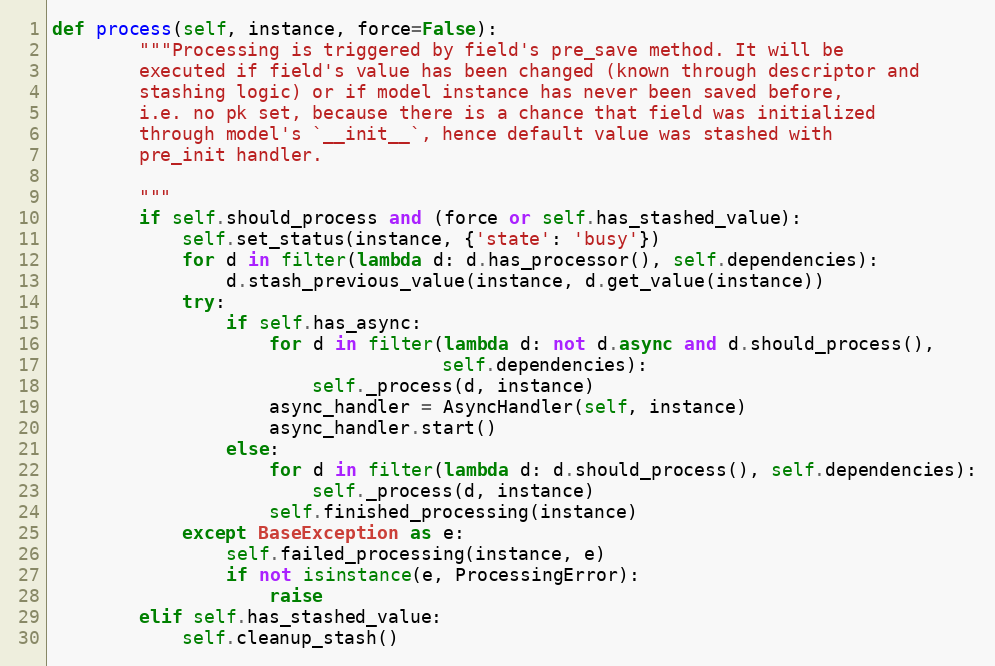
Language: Python
def process(self, instance, force=False):
        """Processing is triggered by field's pre_save method. It will be
        executed if field's value has been changed (known through descriptor and
        stashing logic) or if model instance has never been saved before,
        i.e. no pk set, because there is a chance that field was initialized
        through model's `__init__`, hence default value was stashed with
        pre_init handler.

        """
        if self.should_process and (force or self.has_stashed_value):
            self.set_status(instance, {'state': 'busy'})
            for d in filter(lambda d: d.has_processor(), self.dependencies):
                d.stash_previous_value(instance, d.get_value(instance))
            try:
                if self.has_async:
                    for d in filter(lambda d: not d.async and d.should_process(),
                                    self.dependencies):
                        self._process(d, instance)
                    async_handler = AsyncHandler(self, instance)
                    async_handler.start()
                else:
                    for d in filter(lambda d: d.should_process(), self.dependencies):
                        self._process(d, instance)
                    self.finished_processing(instance)
            except BaseException as e:
                self.failed_processing(instance, e)
                if not isinstance(e, ProcessingError):
                    raise
        elif self.has_stashed_value:
            self.cleanup_stash()